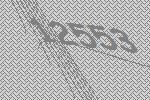
12553